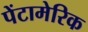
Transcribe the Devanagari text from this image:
पेंटामेरिक